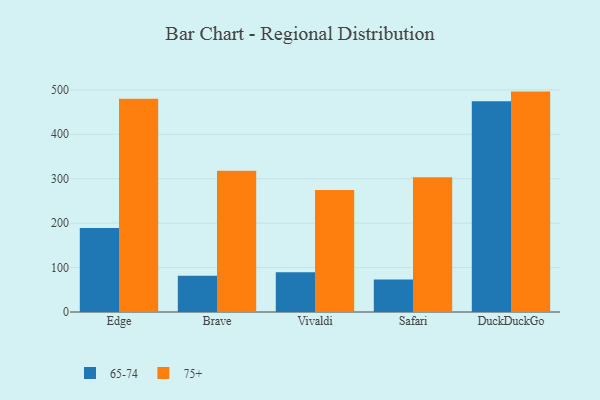
{"axis": {"x": "Browser", "y": "Shipments"}, "legend": ["65-74", "75+"], "data": [{"x": "Edge", "y": 189.0, "type": "65-74"}, {"x": "Edge", "y": 480.2, "type": "75+"}, {"x": "Brave", "y": 81.7, "type": "65-74"}, {"x": "Brave", "y": 318.0, "type": "75+"}, {"x": "Vivaldi", "y": 89.7, "type": "65-74"}, {"x": "Vivaldi", "y": 274.7, "type": "75+"}, {"x": "Safari", "y": 73.4, "type": "65-74"}, {"x": "Safari", "y": 303.1, "type": "75+"}, {"x": "DuckDuckGo", "y": 474.3, "type": "65-74"}, {"x": "DuckDuckGo", "y": 496.1, "type": "75+"}]}